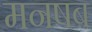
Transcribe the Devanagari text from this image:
मनषब